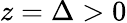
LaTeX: z=\Delta>0